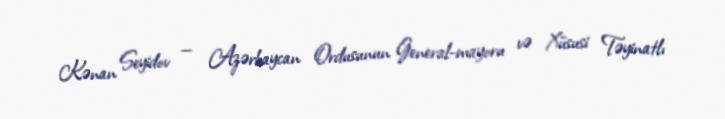
Kənan Seyidov — Azərbaycan Ordusunun General-mayoru və Xüsusi Təyinatlı